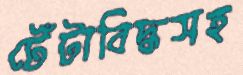
টেঁটাবিদ্ধসহ